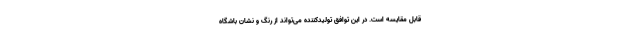
قابل مقایسه است. در این توافق تولیدکننده می‌تواند از رنگ و نشان باشگاه